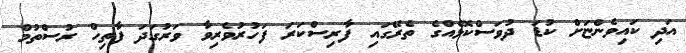
އަދި ކައިވެންޏަށް ކުޑަ ދުވަސްކޮޅެއްގެ ތެރޭގައި ފާރިސްކަރަ ފަހުރުވެރިވާ ވަރުގަދަ ފާތިހް ރުސްތުމް